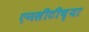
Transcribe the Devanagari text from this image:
एनसीटीच्या